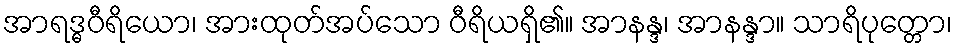
အာရဒ္ဓဝီရိယော၊ အားထုတ်အပ်သော ဝီရိယရှိ၏။ အာနန္ဒ၊ အာနန္ဒာ။ သာရိပုတ္တော၊